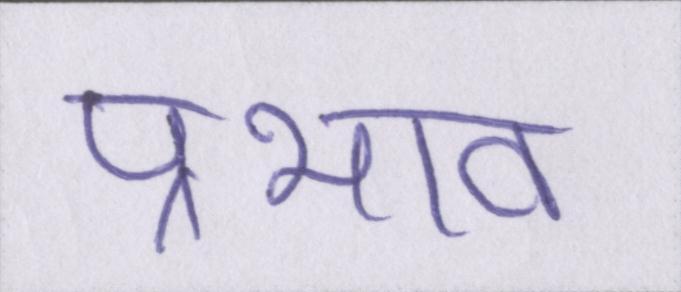
प्रभाव